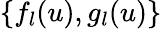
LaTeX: \{ f_{l}(u),g_{l}(u)\}